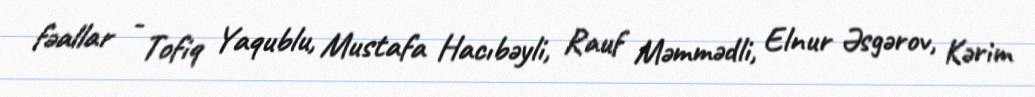
fəallar - Tofiq Yaqublu, Mustafa Hacıbəyli, Rauf Məmmədli, Elnur Əsgərov, Kərim